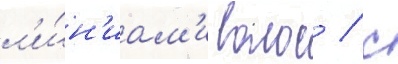
л'и́н'иам'и волос / с